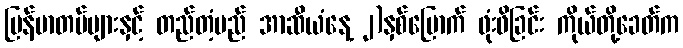
မြန်မာတပ်များနှင့် တည်တံ့မည် အာဆီယံနေ့ ၂)နှစ်မြောက် ဖုံးဖိခြင်း ကိုယ်တို့ခေတ်က